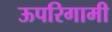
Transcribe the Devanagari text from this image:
ऊपरिगामी